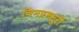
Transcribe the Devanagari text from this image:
जिनप्रभसूरी